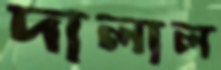
দালাল